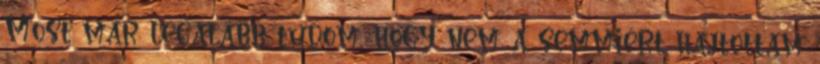
Most már legalább tudom, hogy nem a semmiért hajtottam